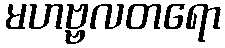
မဟဗ္ဗလတရော